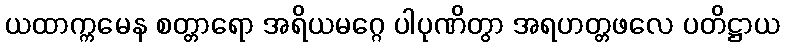
ယထာက္ကမေန စတ္တာရော အရိယမဂ္ဂေ ပါပုဏိတွာ အရဟတ္တဖလေ ပတိဋ္ဌာယ